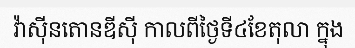
វ៉ាស៊ីនតោនឌីស៊ី កាលពីថ្ងៃទី៤ខែតុលា ក្នុង